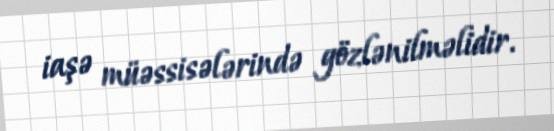
iaşə müəssisələrində gözlənilməlidir.